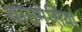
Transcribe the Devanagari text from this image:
थाउमेसिया